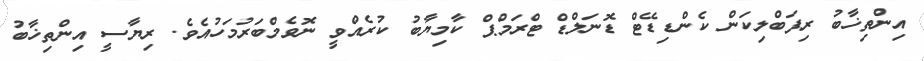
އިންތިޚާބު ރިޕަބްލިކަން ކެންޑިޑޭޓް ޑޮނަލްޑް ޓްރަމްޕް ކާމިޔާބު ކުރެއްވީ ނޮވެމްބަރުމަހުއެވެ. ރިޔާސީ އިންތިޚާބު